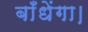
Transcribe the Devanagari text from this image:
बाँधेंगा।